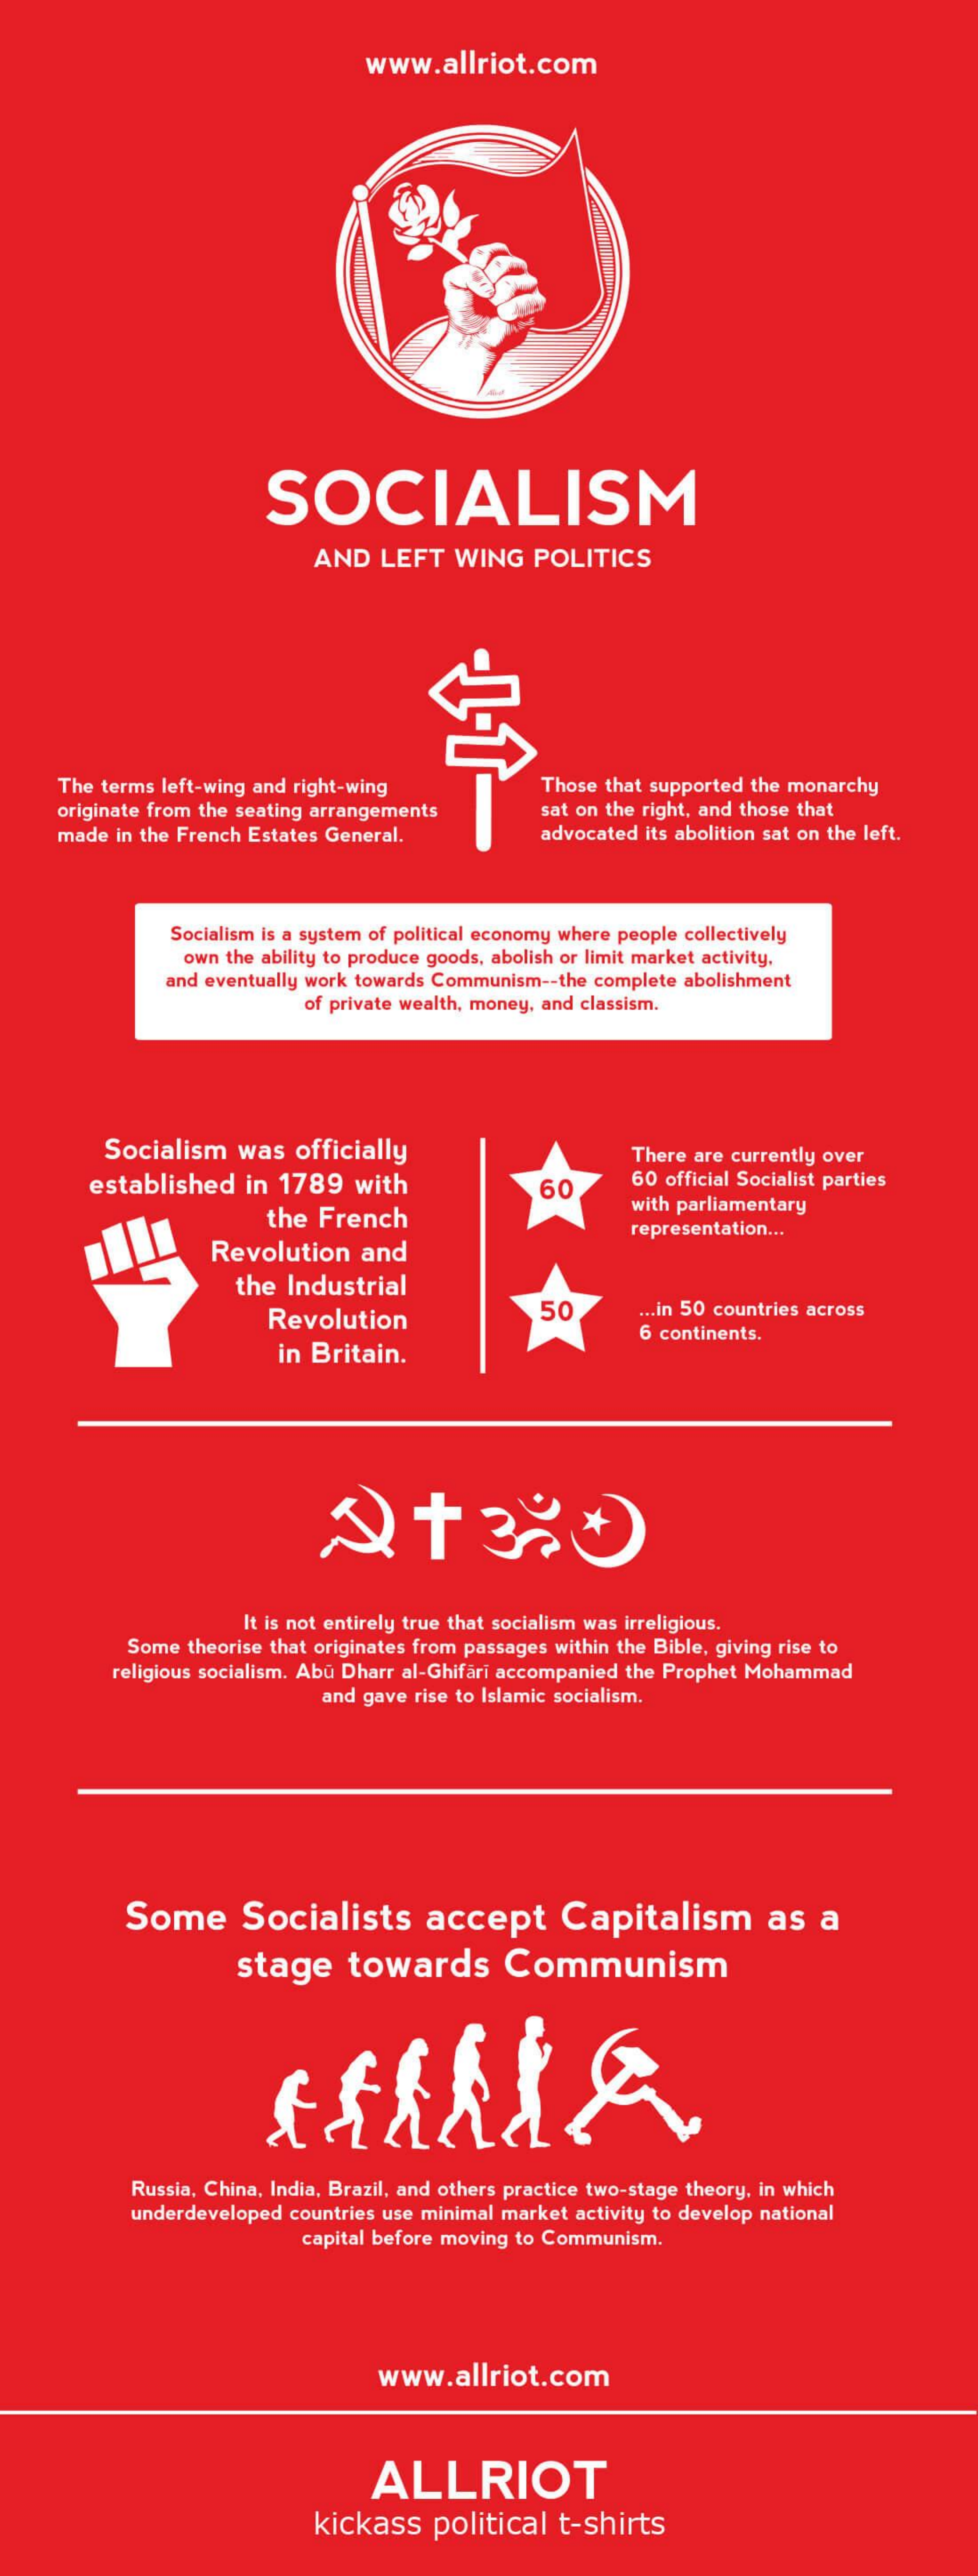
www.allriot.com
     SOCIALISM
     AND   LEFT   WING    POLITICS
     The terms left-wing and right-wing    Those that supported the monarchy
     originate from the seating arrangements    sat on the right, and those that
     made in the French Estates General.    advocated its abolition sat on the left.
     Socialism is a system of political economy where people collectively
     own the ability to produce goods, abolish or limit market activity,
     and eventually work towards Communism -- the complete abolishment
     of private wealth, money, and classism.
     Socialism   was   officially    There are currently over
     established   in 1789   with    60
     60 official Socialist parties
     the  French
     with parliamentary
     Revolution    and
     representation ...
     the  Industrial
     Revolution    50    ... in 50 countries across
     in Britain.
     6 continents.
     It is not entirely true that socialism was irreligious.
     Some  theorise that originates from passages within the Bible, giving rise to
     religious socialism. Abu Dharr al-Ghifari accompanied the Prophet Mohammad
     and gave rise to Islamic socialism.
     Some    Socialists    accept    Capitalism    as   a
     stage    towards    Communism
     Russia, China, India, Brazil, and others practice two-stage theory, in which
     underdeveloped countries use minimal market activity to develop national
     capital before moving to Communism.
     www.allriot.com
     ALLRIOT
     kickass    political   t-shirts